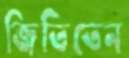
জিতিতেন